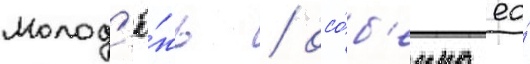
Молод'ё́жь / осо́б'енно ео́